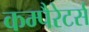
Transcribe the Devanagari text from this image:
कम्पैरेटर्स